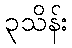
၃သိန်း